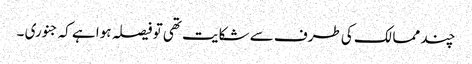
چند ممالک کی طرف سے شکایت تھی تو فیصلہ ہوا ہے کہ جنوری ۔